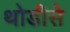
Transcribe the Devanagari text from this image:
थोडीसे